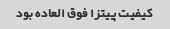
کیفیت پیتزا فوق العاده بود